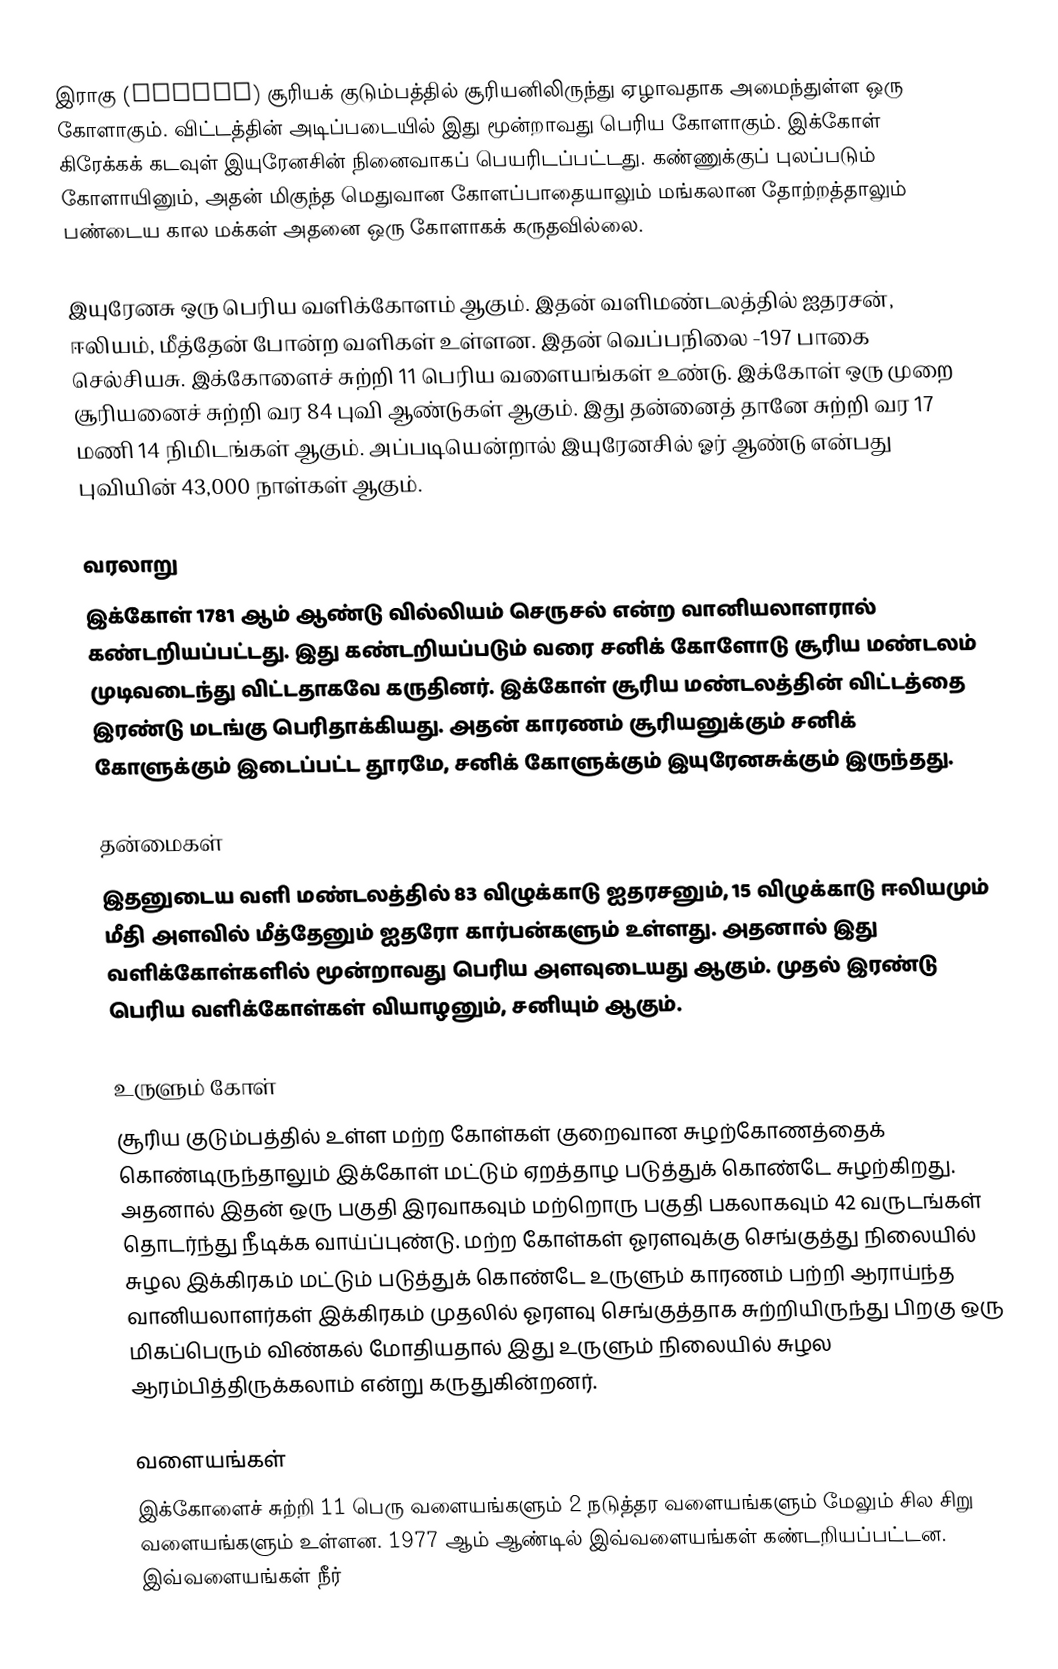
இராகு (Uranus) சூரியக் குடும்பத்தில் சூரியனிலிருந்து ஏழாவதாக அமைந்துள்ள ஒரு கோளாகும். விட்டத்தின் அடிப்படையில் இது மூன்றாவது பெரிய கோளாகும். இக்கோள் கிரேக்கக் கடவுள் இயுரேனசின் நினைவாகப் பெயரிடப்பட்டது. கண்ணுக்குப் புலப்படும் கோளாயினும், அதன் மிகுந்த மெதுவான கோளப்பாதையாலும் மங்கலான தோற்றத்தாலும் பண்டைய கால மக்கள் அதனை ஒரு கோளாகக் கருதவில்லை.

இயுரேனசு ஒரு பெரிய வளிக்கோளம் ஆகும். இதன் வளிமண்டலத்தில் ஐதரசன், ஈலியம், மீத்தேன் போன்ற வளிகள் உள்ளன. இதன் வெப்பநிலை -197 பாகை செல்சியசு. இக்கோளைச் சுற்றி 11 பெரிய வளையங்கள் உண்டு. இக்கோள் ஒரு முறை சூரியனைச் சுற்றி வர 84 புவி ஆண்டுகள் ஆகும். இது தன்னைத் தானே சுற்றி வர 17 மணி 14 நிமிடங்கள் ஆகும். அப்படியென்றால் இயுரேனசில் ஓர் ஆண்டு என்பது புவியின் 43,000 நாள்கள் ஆகும்.

வரலாறு
இக்கோள் 1781 ஆம் ஆண்டு வில்லியம் செருசல் என்ற வானியலாளரால் கண்டறியப்பட்டது. இது கண்டறியப்படும் வரை சனிக் கோளோடு சூரிய மண்டலம் முடிவடைந்து விட்டதாகவே கருதினர். இக்கோள் சூரிய மண்டலத்தின் விட்டத்தை இரண்டு மடங்கு பெரிதாக்கியது. அதன் காரணம் சூரியனுக்கும் சனிக் கோளுக்கும் இடைப்பட்ட தூரமே, சனிக் கோளுக்கும் இயுரேனசுக்கும் இருந்தது.

தன்மைகள்
இதனுடைய வளி மண்டலத்தில் 83 விழுக்காடு ஐதரசனும், 15 விழுக்காடு ஈலியமும் மீதி அளவில் மீத்தேனும் ஐதரோ கார்பன்களும் உள்ளது. அதனால் இது வளிக்கோள்களில் மூன்றாவது பெரிய அளவுடையது ஆகும். முதல் இரண்டு பெரிய வளிக்கோள்கள் வியாழனும், சனியும் ஆகும்.

உருளும் கோள்
சூரிய குடும்பத்தில் உள்ள மற்ற கோள்கள் குறைவான சுழற்கோணத்தைக் கொண்டிருந்தாலும் இக்கோள் மட்டும் ஏறத்தாழ படுத்துக் கொண்டே சுழற்கிறது. அதனால் இதன் ஒரு பகுதி இரவாகவும் மற்றொரு பகுதி பகலாகவும் 42 வருடங்கள் தொடர்ந்து நீடிக்க வாய்ப்புண்டு. மற்ற கோள்கள் ஓரளவுக்கு செங்குத்து நிலையில் சுழல இக்கிரகம் மட்டும் படுத்துக் கொண்டே உருளும் காரணம் பற்றி ஆராய்ந்த வானியலாளர்கள் இக்கிரகம் முதலில் ஓரளவு செங்குத்தாக சுற்றியிருந்து பிறகு ஒரு மிகப்பெரும் விண்கல் மோதியதால் இது உருளும் நிலையில் சுழல ஆரம்பித்திருக்கலாம் என்று கருதுகின்றனர்.

வளையங்கள்
இக்கோளைச் சுற்றி 11 பெரு வளையங்களும் 2 நடுத்தர வளையங்களும் மேலும் சில சிறு வளையங்களும் உள்ளன. 1977 ஆம் ஆண்டில் இவ்வளையங்கள் கண்டறியப்பட்டன. இவ்வளையங்கள் நீர்